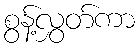
စွန့်လွှတ်ကာ